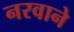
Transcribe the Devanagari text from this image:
नरवाने